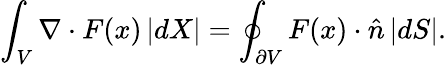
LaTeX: \int_{V}\nabla\cdot F(x)\, |dX|=\oint_{\partial V}F(x)\cdot{\hat{n}}\, |dS|.